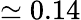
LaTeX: \simeq 0.14